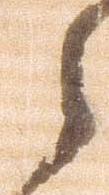
々